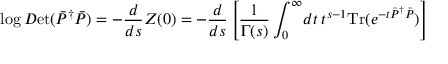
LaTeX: \log { \cal D } \mathrm { e t } ( \bar { P } ^ { \dag } \bar { P } ) = - \frac { d } { d s } Z ( 0 ) = - \frac { d } { d s } \left[ \frac { 1 } { \Gamma ( s ) } \int _ { 0 } ^ { \infty } \! d t \: t ^ { s - 1 } \mathrm { T r } ( e ^ { - t \bar { P } ^ { \dag } \bar { P } } ) \right]